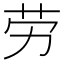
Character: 劳